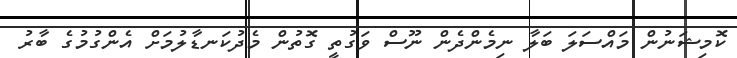
ކޮމިޝަނުން މައްސަލަ ބަލާ ނިމެންދެން ނޫސް ވަގުތީ ގޮތުން މެދުކަނޑާލުމަށް އެންގުމުގެ ބާރު